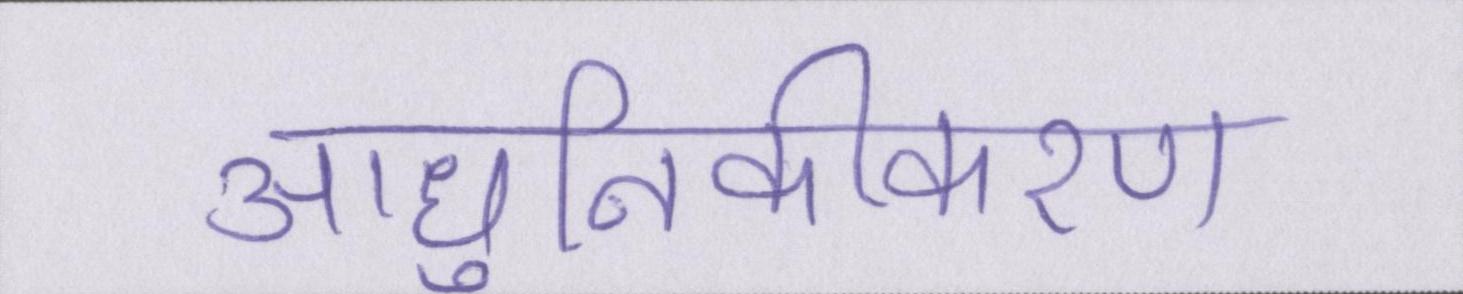
आधुनिकीकरण